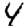
Digit: 4